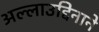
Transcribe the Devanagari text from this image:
अल्लाउद्दिनाने